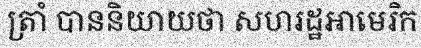
ត្រាំ បាននិយាយថា សហរដ្ឋអាមេរិក